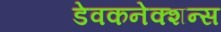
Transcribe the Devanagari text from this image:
डेवकनेक्शन्स